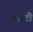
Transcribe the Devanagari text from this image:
चवटी